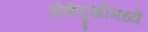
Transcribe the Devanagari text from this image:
डोकेदुखीमध्ये